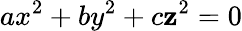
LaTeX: ax^{2}+by^{2}+c\mathbf{z}^{2}=0